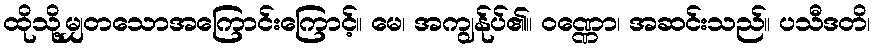
ထိုသို့မျှတသောအကြောင်းကြောင့်။ မေ၊ အကျွန်ုပ်၏။ ဝဏ္ဏော၊ အဆင်းသည်။ ပသီဒတိ၊